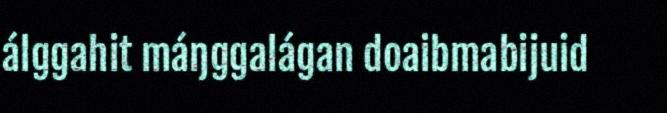
álggahit máŋggalágan doaibmabijuid